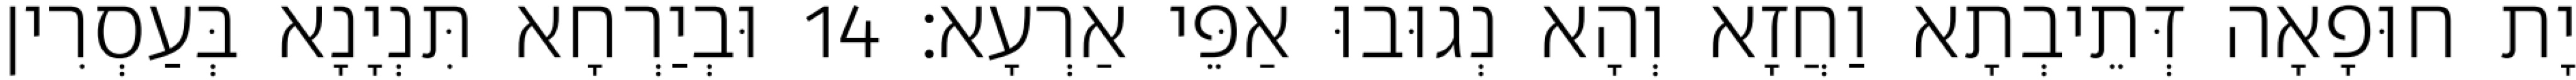
יָת חוּפָאָה דְּתֵיבְתָא וַחֲזָא וְהָא נְגוּבוּ אַפֵּי אַרְעָא׃ 14 וּבְיַרְחָא תִּנְיָנָא בְּעַסְרִין